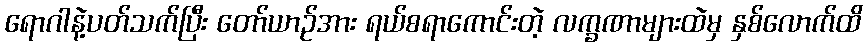
ရောဂါနဲ့ပတ်သက်ပြီး တော်ယာဉ်အား ရယ်စရာကောင်းတဲ့ လက္ခဏာများထဲမှ နှစ်လောက်ထိ